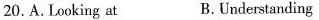
20. A. Looking at B.Understanding